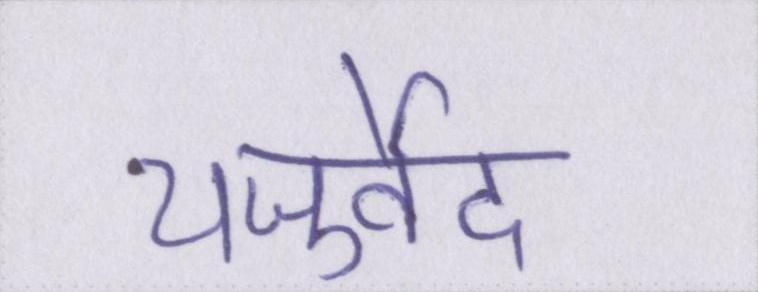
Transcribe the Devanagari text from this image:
यजुर्वेद